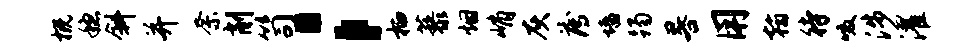
概稳斜并奈削笥；栖藜烟峭灰薄墙躅晷用翰待啜涉濯